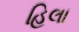
હિલા